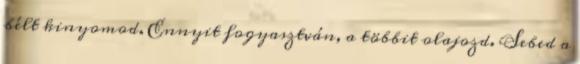
bélt kinyomod. Ennyit fogyasztván, a többit olajozd. Sebed a